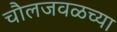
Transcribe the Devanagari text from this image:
चौलजवळच्या